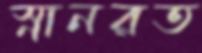
স্নানরত